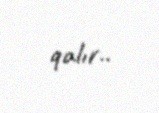
qalır..